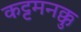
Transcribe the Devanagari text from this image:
कट्टमनक्कु